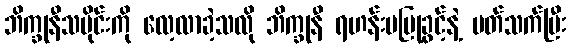
ဘိက္ခုနီသမိုင်းကို လေ့လာခဲ့သလို ဘိက္ခုနီ ရဟန်းမပြုခွင့်နဲ့ ပတ်သက်ပြီး